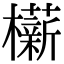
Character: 𬅋